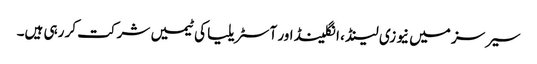
سیرسز میں نیوزی لینڈ ، انگلینڈ اور آسٹریلیا کی ٹیمیں شرکت کر رہی ہیں۔